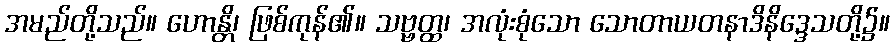
အမည်တို့သည်။ ဟောန္တိ၊ ဖြစ်ကုန်၏။ သဗ္ဗတ္ထ၊ အလုံးစုံသော သောတာယတနာဒိနိဒ္ဒေသတို့၌။